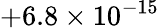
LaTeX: +6.8\times 10^{-15}